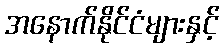
အနောက်နိုင်ငံများနှင့်